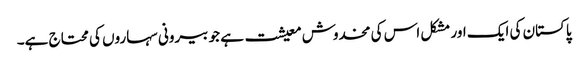
پاکستان کی ایک اور مشکل اس کی مخدوش معیشت ہے جو بیرونی سہاروں کی محتاج ہے۔